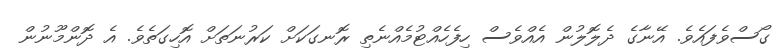
ގޯސްވެފައެވެ. އޭނާގެ ދެލޮލުން އެއްވެސް ހިފެހެއްޓުމެއްނެތި ރޮނގަކަށް ކަރުނަތަށް އޮހިގަތެވެ. އެ ދޮންމޫނުން